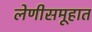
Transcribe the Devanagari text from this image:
लेणीसमूहात